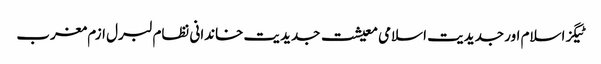
ٹیگزاسلام اور جدیدیت اسلامی معیشت جدیدیت خاندانی نظام لبرل ازم مغرب